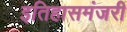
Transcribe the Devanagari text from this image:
इतिहासमंजरी